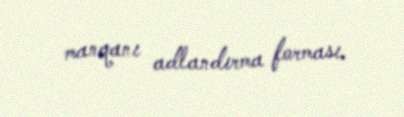
manqanı adlandırma forması.